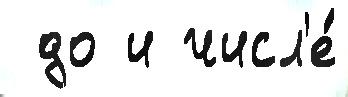
 до и числ'е́